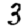
Digit: 3